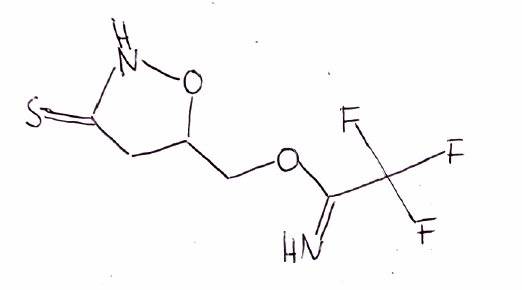
Simplified molecular-input line-entry system (SMILES) notation of the given molecule:
C1C(ONC1=S)COC(=N)C(F)(F)F